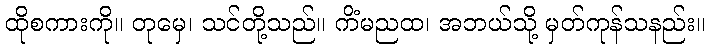
ထိုစကားကို။ တုမှေ၊ သင်တို့သည်။ ကိံမညထ၊ အဘယ်သို့ မှတ်ကုန်သနည်း။